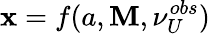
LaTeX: \mathbf{x}=f(a,\mathbf{M},\nu_{U}^{obs})